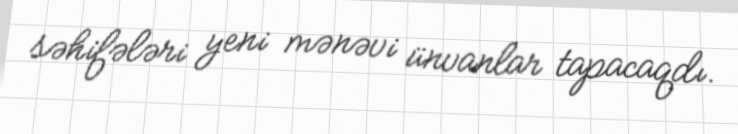
səhifələri yeni mənəvi ünvanlar tapacaqdı.